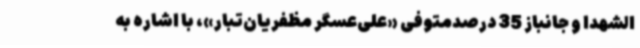
الشهدا و جانباز 35 درصدمتوفی «علی‌عسگر مظفریان‌تبار»، با اشاره به